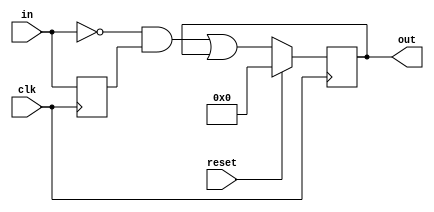
module top_module (
    input clk,
    input reset,
    input [31:0] in,
    output [31:0] out
);
    reg [31:0] temp;
    always @(posedge clk)begin
        temp<=in;
    end

    always @(posedge clk)begin
        if (reset==1)begin out<=0;end
        else begin

            // temp<=in;
            // 参考对应文件夹内的图片，
            // 如果讲此语句放在这里，当reset为1的信号传来时，
            // else这一部分的内容不会执行，所以temp内存的内容一直没有更新，
            // 所以out会出现10，明显是检测上次下降沿时的结果。
            // 所以单独将temp放在一个always中一直更新。
            // 或者说，下面的out中in由外部变量更新，
            // out则在if和else两种条件下更新，只有temp无法在else不执行的情况下更新

            out<=~in&temp|out;
        end
    end
endmodule